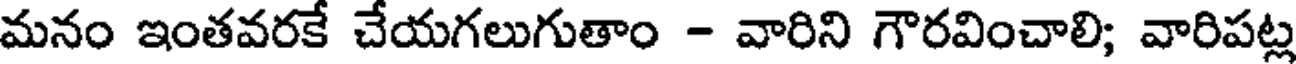
మనం ఇంతవరకే చేయగలుగుతాం - వారిని గౌరవించాలి; వారిపట్ల